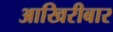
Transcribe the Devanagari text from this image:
आखिरीबार